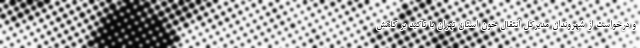
و درخواست از شهروندان مدیرکل انتقال خون استان تهران با تاکید بر کاهش